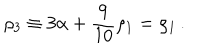
\rho _ { 3 } \equiv 3 \alpha + { \frac { 9 } { 1 0 } } \rho _ { 1 } = \rho _ { 1 } \, .